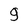
Character: 9